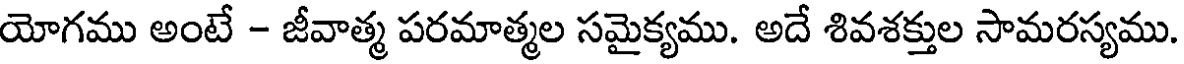
యోగము అంటే - జీవాత్మ పరమాత్మల సమైక్యము. అదే శివశక్తుల సామరస్యము.